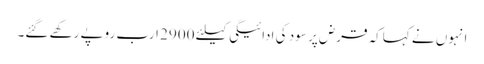
انہوں نے کہاکہ قرض پر سود کی ادائیگی کیلئے 2900 ارب روپے رکھے گئے۔